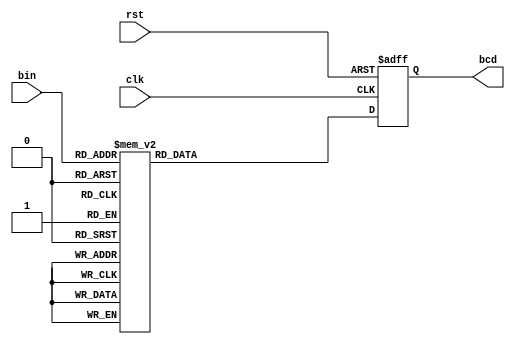
`timescale 1ns / 1ps
//////////////////////////////////////////////////////////////////////////////////
// Company: 
// Engineer: 
// 
// Design Name: 
// Module Name: binary_to_BCD
// Project Name: 
// Target Devices: 
// Tool Versions: 
// Description: 
// 
// Dependencies: 
// 
// Revision:
// Revision 0.01 - File Created
// Additional Comments:
// 
//////////////////////////////////////////////////////////////////////////////////

module binary_to_BCD(clk,rst,bin,bcd);
input clk,rst;
input [3:0] bin;
output reg [7:0] bcd;

always @(negedge rst or posedge clk) begin
    if(!rst) begin
        bcd<={4'd0,4'd0};
    end
    else begin
        case(bin)
            0:bcd<={4'd0,4'd0};
            1:bcd<={4'd0,4'd1};
            2:bcd<={4'd0,4'd2};
            3:bcd<={4'd0,4'd3};
            4:bcd<={4'd0,4'd4};
            5:bcd<={4'd0,4'd5};
            6:bcd<={4'd0,4'd6};
            7:bcd<={4'd0,4'd7};
            8:bcd<={4'd0,4'd8};
            9:bcd<={4'd0,4'd9};
            10:bcd<={4'd1,4'd0};
            11:bcd<={4'd1,4'd1};
            12:bcd<={4'd1,4'd2};
            13:bcd<={4'd1,4'd3};
            14:bcd<={4'd1,4'd4};
            15:bcd<={4'd1,4'd5};
            default:bcd<={4'd0,4'd0};
        endcase
    end
end
endmodule